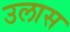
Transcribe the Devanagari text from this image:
उलास